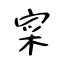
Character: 寀